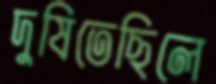
দুষিতেছিলে